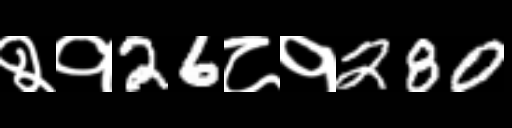
Text: २१26८१280